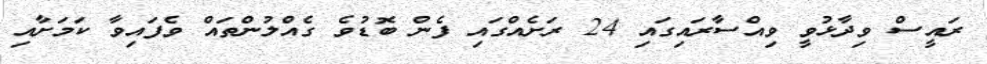
ރައީސް ވިދާޅުވީ ވިއްސާރައިގައި 24 ރަށެއްގައި ފެން ބޮޑުވެ ގެއްލުންތައް ވެފައިވާ ކަމަށާއި